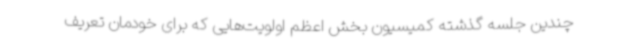
چندین جلسه گذشته کمیسیون بخش اعظم اولویت‌هایی که برای خودمان تعریف